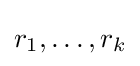
r_{1},\ldots ,r_{k}